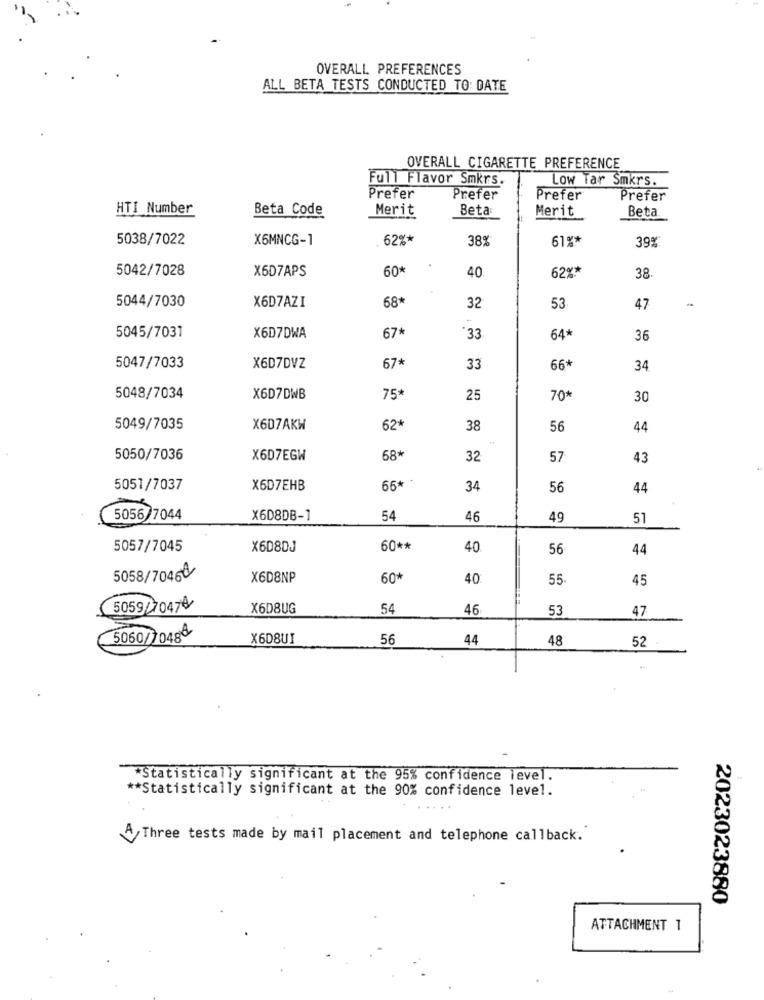
OVERALL PREFERENCES
ALL BETA TESTS CONDUCTED TO DATE
OVERALL CIGARETTE PREFERENCE
Full Flavor Smkrs.
Low Tar Smkrs.
Prefer
Prefer
Prefer
Prefer
HTI Number
Beta Code
Merit
Beta
Merit
Beta
5038/7022
X6MNCG-1
62%*
38%
61%*
39%
5042/7028
X6D7APS
60*
40
62%*
38
5044/7030
X6D7AZI
68*
32
53
47
5045/7031
X6D7DWA
67*
33
64*
36
5047/7033
X6D7DVZ
67*
33
66+
34
5048/7034
X6D7DWB
75
25
70*
30
5049/7035
X607AKW
62*
38
56
44
5050/7036
X6D7EGW
68*
32
57
43
66* *
5057/7037
X6D7EHB
34
56
44
5056 7044
X6D8DB-1
54
46
49
5.1
5057/7045
X6D8DJ
60 **
40
56
44
5058/70468
X6D8NP
60*
40
55
45
5059/70474
X6D8UG
54
46
53
47
5060/70488
X6D8UI
56
44
48
52
*Statistically significant at the 95% confidence level.
** Statistically significant at the 90% confidence level.
A,Three tests made by mail placement and telephone callback."
2023023880
ATTACHMENT 1